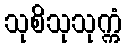
သုစိသုသုက္ကံ